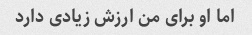
اما او برای من ارزش زیادی دارد